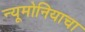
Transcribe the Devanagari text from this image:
न्यूमोनियाचा